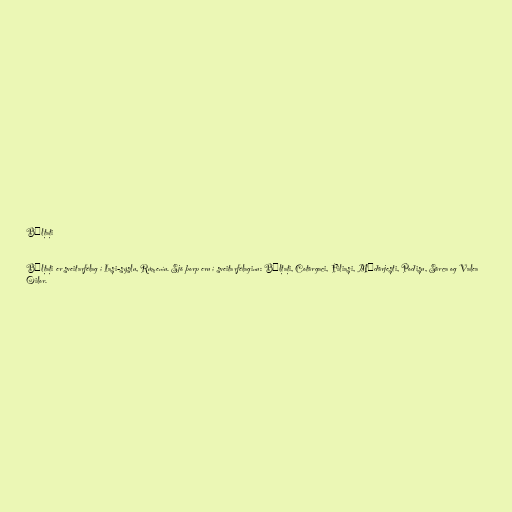
Bălțați

Bălțați er sveitarfélag í Iași-sýslu, Rúmeníu. Sjö þorp eru í sveitarfélaginu: Bălțați, Cotârgaci, Filiași, Mădârjești, Podișu, Sârca og Valea
Oilor.